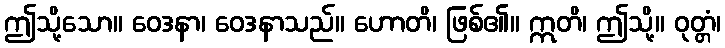
ဤသို့သော။ ဝေဒနာ၊ ဝေဒနာသည်။ ဟောတိ၊ ဖြစ်၏။ ဣတိ၊ ဤသို့။ ဝုတ္တံ၊